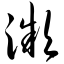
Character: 濒